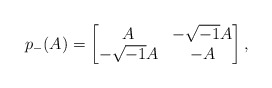
\begin{align*}p_-(A)=\begin{bmatrix} A & -\sqrt{-1}A\\ -\sqrt{-1}A & -A\end{bmatrix},\end{align*}